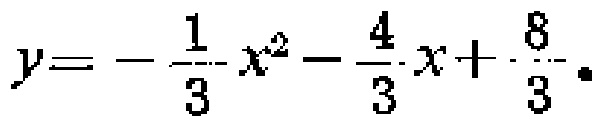
$y = - \frac{1}{3} x^{2} - \frac{4}{3} x + \frac{8}{3}.$